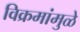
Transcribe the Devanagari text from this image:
विक्रमांमुळे